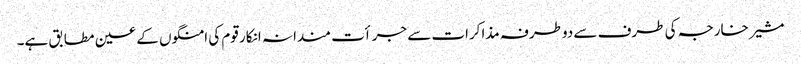
مشیر خارجہ کی طرف سے دوطرفہ مذاکرات سے جرأت مندانہ انکار قوم کی امنگوں کے عین مطابق ہے۔